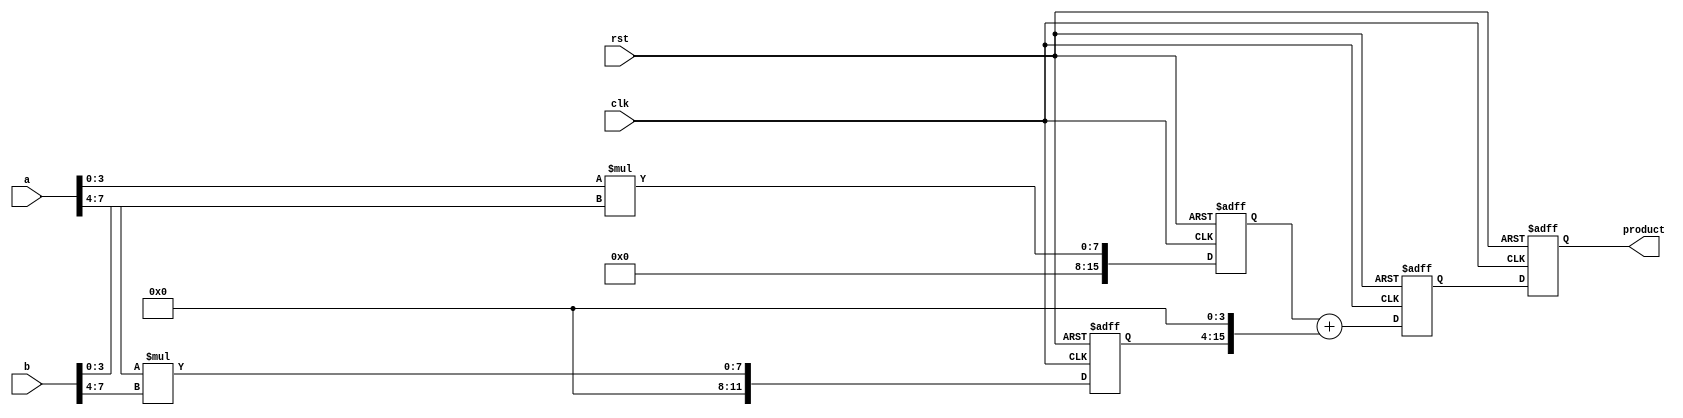
module pipelined_sliced_multiplier (
    input clk,
    input rst,
    input [7:0] a, // 8-bit multiplicand
    input [7:0] b, // 8-bit multiplier
    output reg [15:0] product // 16-bit product
);

    // Parameters for slicing
    parameter SLICE_WIDTH = 4;
    parameter NUM_SLICES = 2;

    // Internal signals for partial products
    reg [SLICE_WIDTH-1:0] a_slice [0:NUM_SLICES-1];
    reg [SLICE_WIDTH-1:0] b_slice [0:NUM_SLICES-1];
    reg [15:0] partial_product [0:NUM_SLICES-1];

    // Pipeline registers
    reg [15:0] pp_stage1 [0:NUM_SLICES-1];
    reg [15:0] pp_stage2;

    // Generate slices
    always @(*) begin
        a_slice[0] = a[3:0];
        a_slice[1] = a[7:4];
        b_slice[0] = b[3:0];
        b_slice[1] = b[7:4];
    end

    // Partial product generation
    always @(*) begin
        partial_product[0] = a_slice[0] * b_slice[0];
        partial_product[1] = a_slice[1] * b_slice[1];
    end

    // Pipeline stage 1: Store partial products
    always @(posedge clk or posedge rst) begin
        if (rst) begin
            pp_stage1[0] <= 16'b0;
            pp_stage1[1] <= 16'b0;
        end else begin
            pp_stage1[0] <= partial_product[0];
            pp_stage1[1] <= partial_product[1];
        end
    end

    // Pipeline stage 2: Combine partial products
    always @(posedge clk or posedge rst) begin
        if (rst) begin
            pp_stage2 <= 16'b0;
        end else begin
            pp_stage2 <= pp_stage1[0] + (pp_stage1[1] << SLICE_WIDTH); // Shift and add
        end
    end

    // Final output stage
    always @(posedge clk or posedge rst) begin
        if (rst) begin
            product <= 16'b0;
        end else begin
            product <= pp_stage2;
        end
    end

endmodule